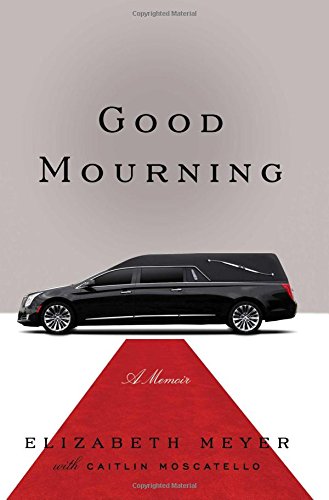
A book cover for Good Mourning; Elizabeth Meyer; Biographies & Memoirs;